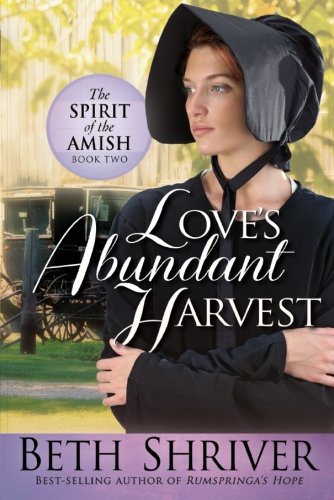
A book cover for Love's Abundant Harvest (Spirit of the Amish); Beth Shriver; Romance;